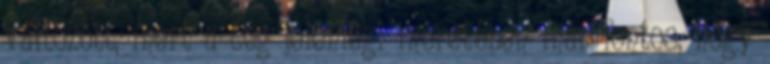
változott, mert a cég jelenlegi méretében már fontos, hogy